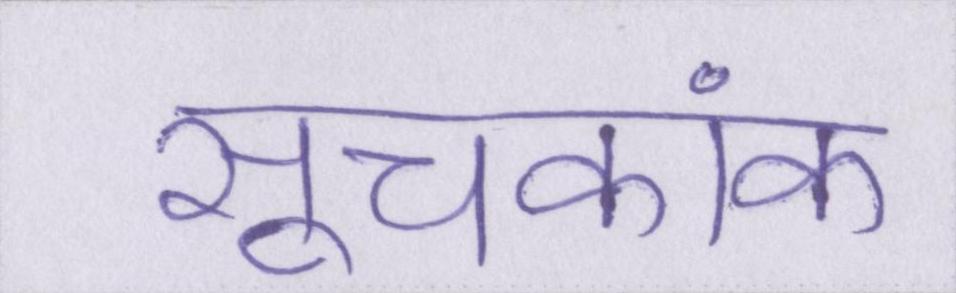
सूचकांक